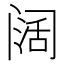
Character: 阔